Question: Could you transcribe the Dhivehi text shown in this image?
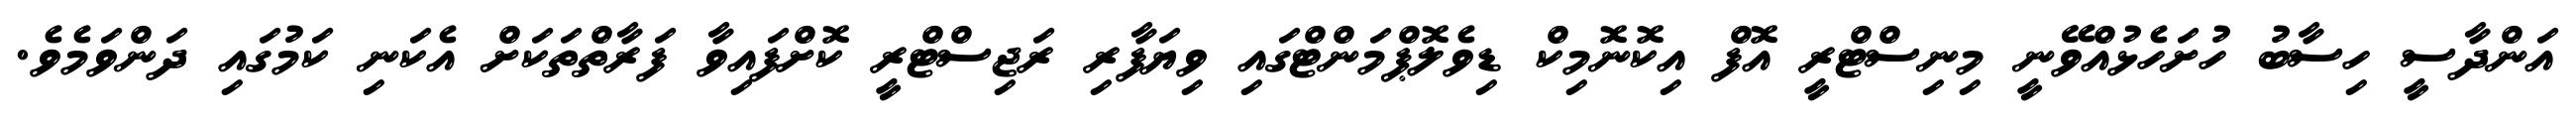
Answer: އަންދާސީ ހިސާބު ހުށަހެޅުއްވޭނީ މިނިސްޓްރީ އޮފް އިކޮނޮމިކް ޑިވެލޮޕްމަންޓްގައި ވިޔަފާރި ރަޖިސްޓްރީ ކޮށްފައިވާ ފަރާތްތަކަށް އެކަނި ކަމުގައި ދަންވަމެވެ.